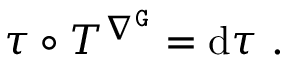
\tau \circ T ^ { \nabla ^ { \mathtt { G } } } = \mathrm { d } \tau \ .